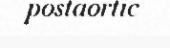
postaortic